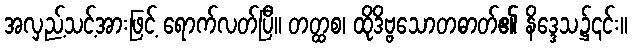
အလှည့်သင့်အားဖြင့် ရောက်လတ်ပြီ။ တတ္ထစ၊ ထိုဒိဗ္ဗသောတဓာတ်၏ နိဒ္ဒေသ၌၎င်း။